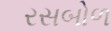
રસબોળ